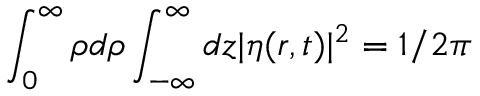
\int _ { 0 } ^ { \infty } \rho d \rho \int _ { - \infty } ^ { \infty } d z | \eta ( \boldsymbol { r } , t ) | ^ { 2 } = 1 / 2 \pi